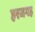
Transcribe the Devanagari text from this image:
हरजगह